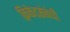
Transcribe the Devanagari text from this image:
क्रिकेटसंबंधी